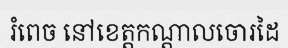
រំពេច នៅខេត្តកណ្តាលចោរដៃ